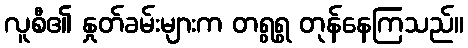
လူစီ၏ နှုတ်ခမ်းများက တရွရွ တုန်နေကြသည်။